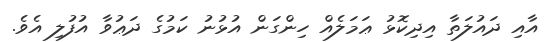
އާއި ދައުލަތާ އިދިކޮޅު ޢަމަލެއް ހިންގަން އުޅުނު ކަމުގެ ދަޢުވާ އުފުލި އެވެ.